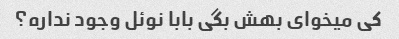
کی میخوای بهش بگی بابا نوئل وجود نداره؟